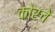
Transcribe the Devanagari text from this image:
कोरचे